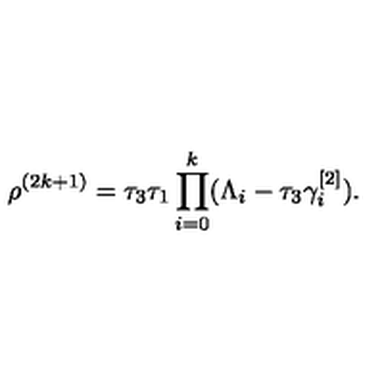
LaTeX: \rho ^ { ( 2 k + 1 ) } = \tau _ { 3 } \tau _ { 1 } \prod _ { i = 0 } ^ { k } ( \Lambda _ { i } - \tau _ { 3 } \gamma _ { i } ^ { [ 2 ] } ) .